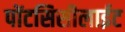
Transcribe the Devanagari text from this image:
पोंटसिसीलाईट